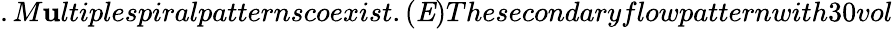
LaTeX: .M\mathbf{u}ltiplespiralpatternscoexist.({\mathit{E}})Thesecondaryflowpatternwith30vol